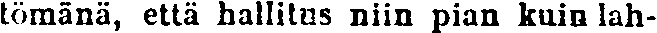
tömänä, että hallitus niin pian kuin lah-